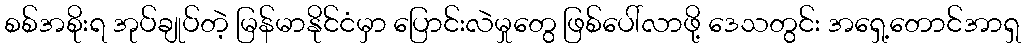
စစ်အစိုးရ အုပ်ချုပ်တဲ့ မြန်မာနိုင်ငံမှာ ပြောင်းလဲမှုတွေ ဖြစ်ပေါ်လာဖို့ ဒေသတွင်း အရှေ့တောင်အာရှ